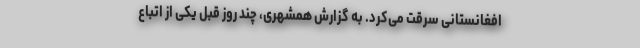
افغانستانی سرقت می‌کرد. به‌ گزارش همشهری، چند روز قبل یکی از اتباع